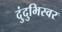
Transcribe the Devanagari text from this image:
दुंदुभिस्वर